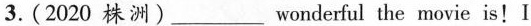
3.(2020 株洲)___ wonderful the movie is! I